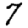
Digit: 7